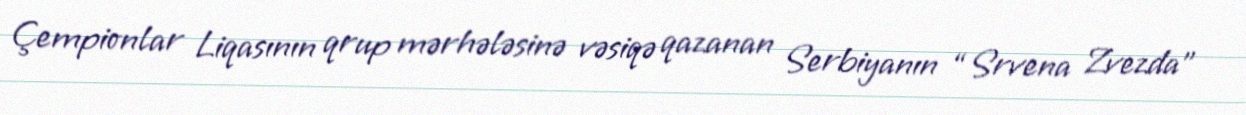
Çempionlar Liqasının qrup mərhələsinə vəsiqə qazanan Serbiyanın “Srvena Zvezda”